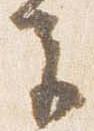
色